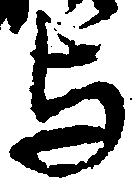
与